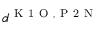
d ^ { \mathrm { ~ K ~ 1 ~ O ~ } , \mathrm { ~ P ~ 2 ~ N ~ } }